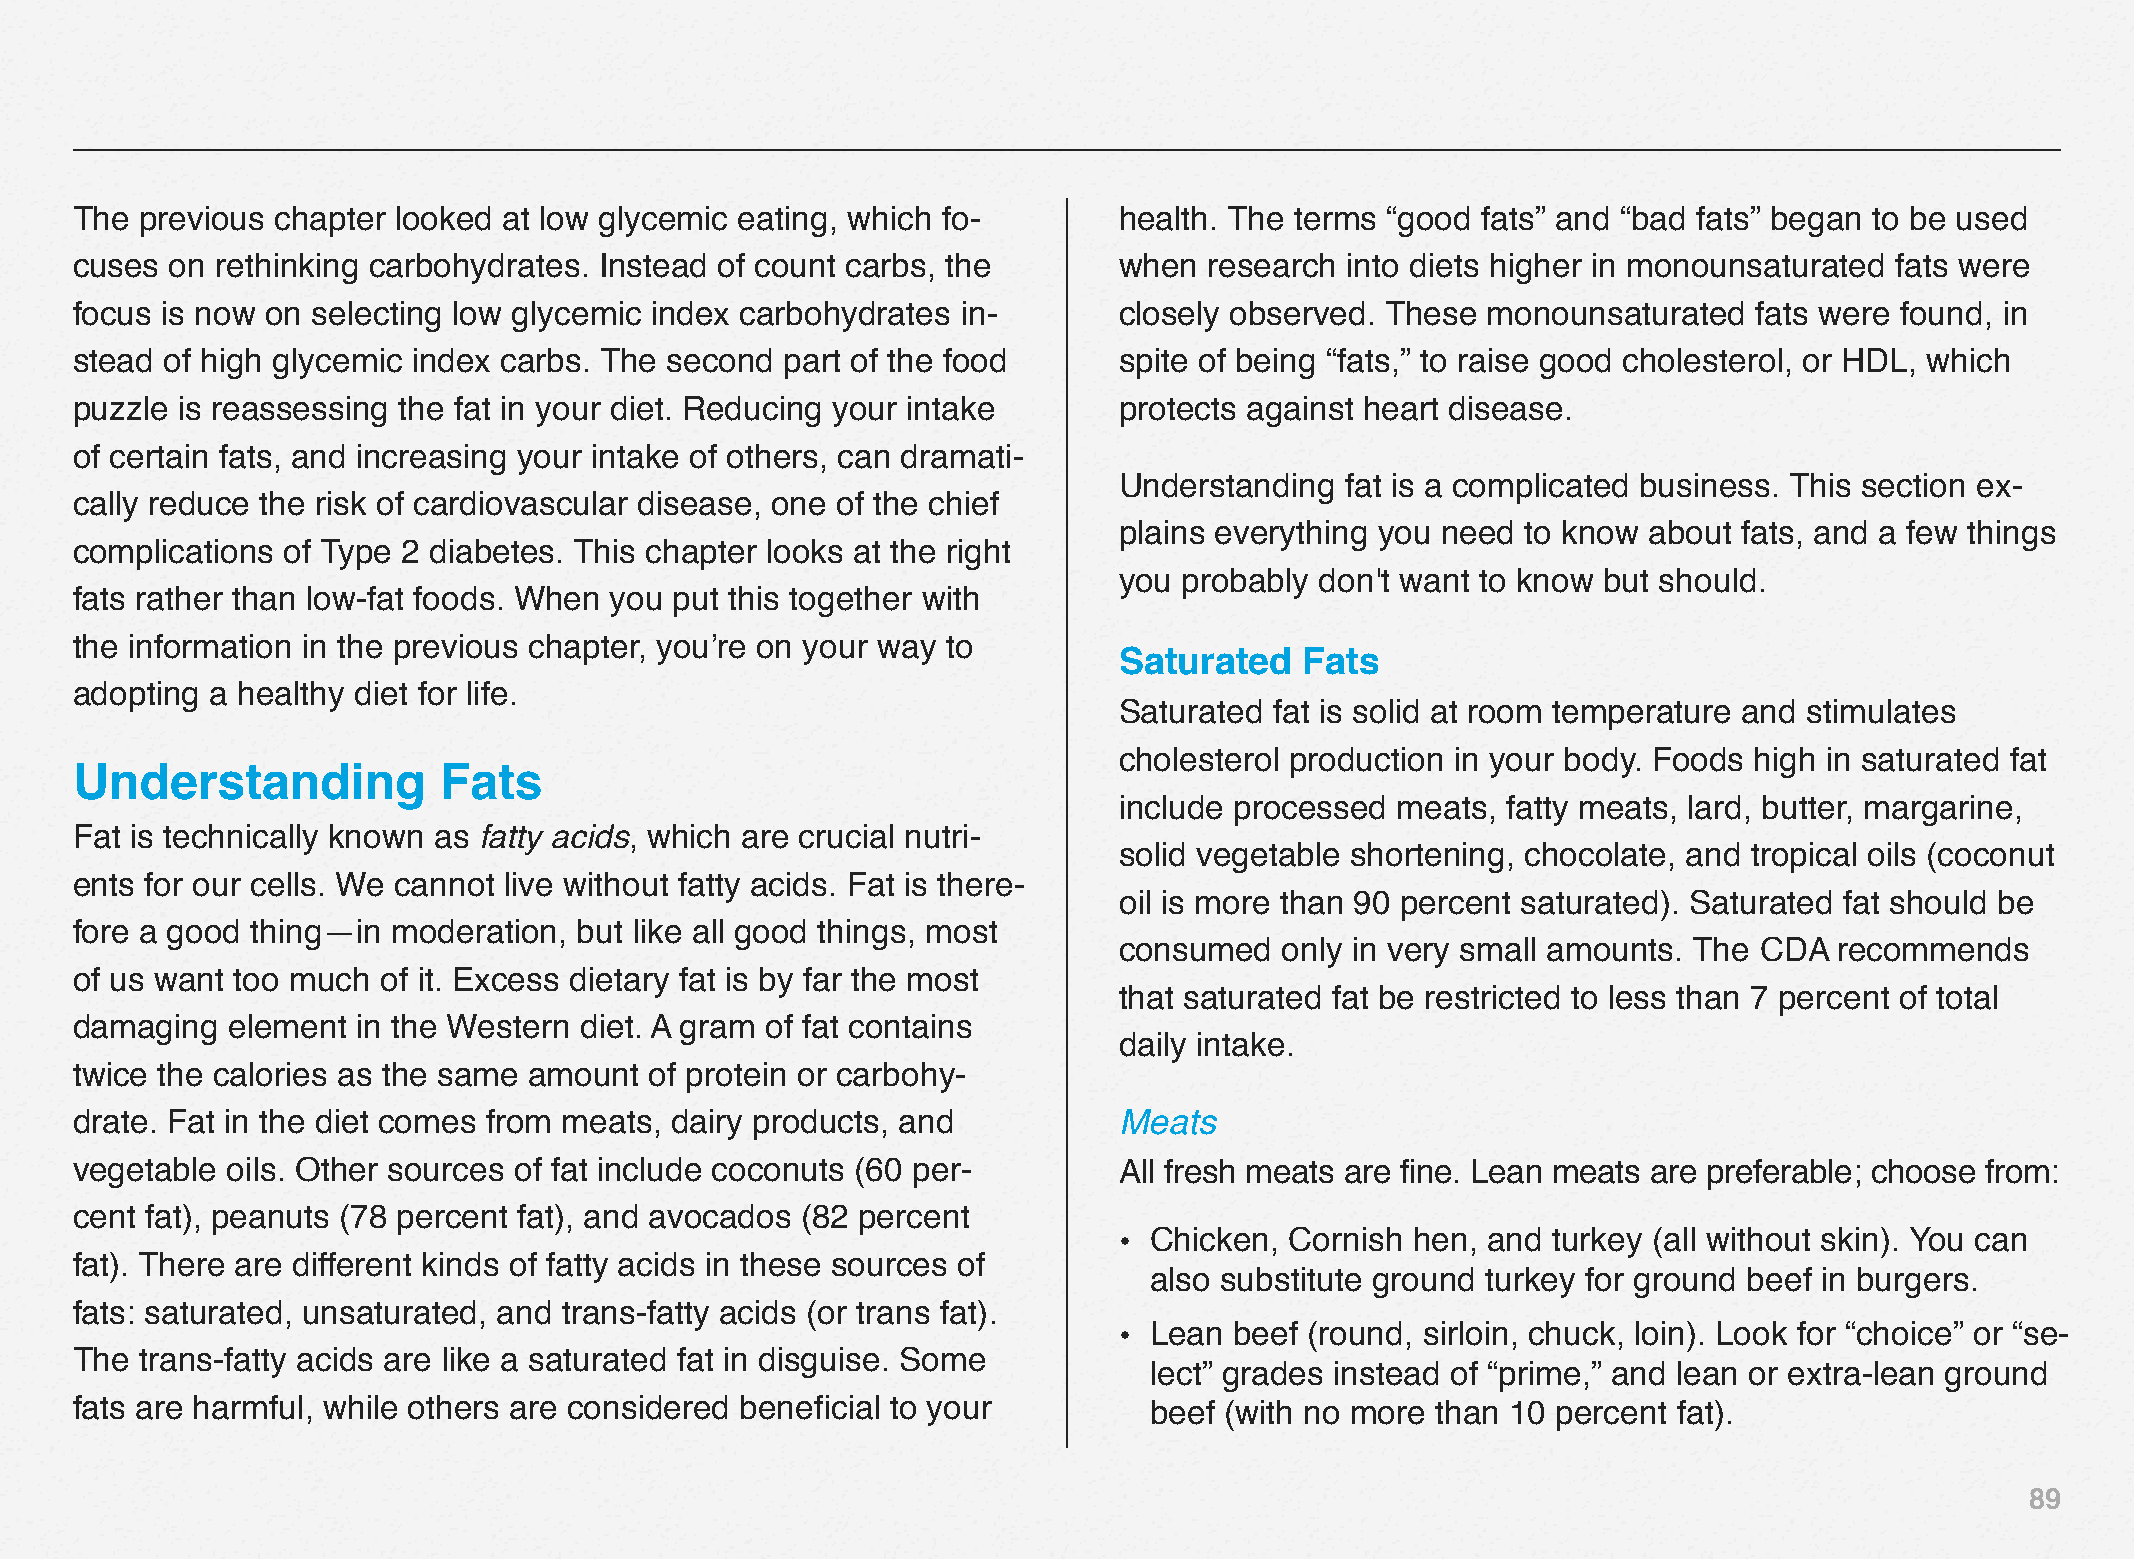
The previous chapter looked at low glycemic eating, which fo-        health. The terms “good fats” and “bad fats” began to be used
 cuses on rethinking carbohydrates. Instead of count carbs, the       when  research into diets higher in monounsaturated fats were
 focus is now on selecting low glycemic index carbohydrates in-       closely observed. These monounsaturated   fats were found, in
 stead of high glycemic index carbs. The second part of the food      spite of being “fats,” to raise good cholesterol, or HDL, which
 puzzle is reassessing the fat in your diet. Reducing your intake     protects against heart disease.
 of certain fats, and increasing your intake of others, can dramati-
 Understanding  fat is a complicated business. This section ex-
 cally reduce the risk of cardiovascular disease, one of the chief
 plains everything you need to know about fats, and a few things
 complications of Type 2 diabetes. This chapter looks at the right
 you probably don't want to know but should.
 fats rather than low-fat foods. When you put this together with
 the information in the previous chapter, you’re on your way to
 Saturated   Fats
 adopting a healthy diet for life.
 Saturated fat is solid at room temperature and stimulates
 cholesterol production in your body. Foods high in saturated fat
 Understanding           Fats
 include processed meats,  fatty meats, lard, butter, margarine,
 Fat is technically known as fatty acids, which are crucial nutri-
 solid vegetable shortening, chocolate, and tropical oils (coconut
 ents for our cells. We cannot live without fatty acids. Fat is there-
 oil is more than 90 percent saturated). Saturated fat should be
 fore a good thing—in moderation, but like all good things, most
 consumed   only in very small amounts. The CDA  recommends
 of us want too much of it. Excess dietary fat is by far the most
 that saturated fat be restricted to less than 7 percent of total
 damaging  element  in the Western diet. A gram of fat contains
 daily intake.
 twice the calories as the same amount of protein or carbohy-
 drate. Fat in the diet comes from meats, dairy products, and         Meats
 vegetable oils. Other sources of fat include coconuts (60 per-       All fresh meats are fine. Lean meats are preferable; choose from:
 cent fat), peanuts (78 percent fat), and avocados (82 percent
 • Chicken, Cornish  hen, and turkey (all without skin). You can
 fat). There are different kinds of fatty acids in these sources of
 also substitute ground turkey for ground beef in burgers.
 fats: saturated, unsaturated, and trans-fatty acids (or trans fat).
 • Lean  beef (round, sirloin, chuck, loin). Look for “choice” or “se-
 The trans-fatty acids are like a saturated fat in disguise. Some
 lect” grades instead of “prime,” and lean or extra-lean ground
 fats are harmful, while others are considered beneficial to your       beef (with no more than 10 percent fat).
 89